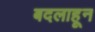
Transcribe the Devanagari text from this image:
बदलाहून